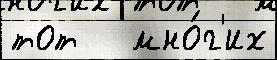
тот   мно́г'их